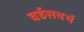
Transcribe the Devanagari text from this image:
वर्डसवर्थ